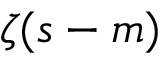
\zeta ( s - m )